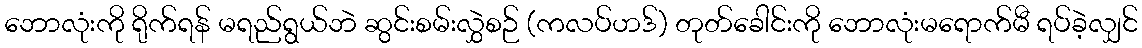
ဘောလုံးကို ရိုက်ရန် မရည်ရွယ်ဘဲ ဆွင်းစမ်းလွှဲစဉ် (ကလပ်ဟဒ်) တုတ်ခေါင်းကို ဘောလုံးမရောက်မီ ရပ်ခဲ့လျှင်